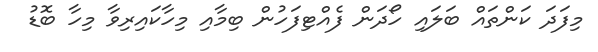
މިފަދަ ކަންތައް ބަލައި ހޯދަން ފެއްޓިފަހުން ބިމާއި މިހާކައިރިވާ މިހާ ބޮޑު